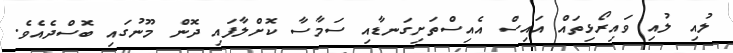
ލުއި ލުއި ވައިރޯޅިތައް އައިސް އެއިސްތަށިގަނޑާއި ސަމާސާ ކޮށްލާފައި ދޮން މޫނުގައި ބޮސްދެއެވެ.